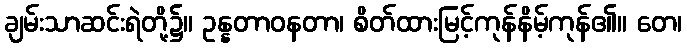
ချမ်းသာဆင်းရဲတို့၌။ ဥန္နတာဝနတာ၊ စိတ်ထားမြင့်ကုန်နိမ့်ကုန်၏။ တေ၊